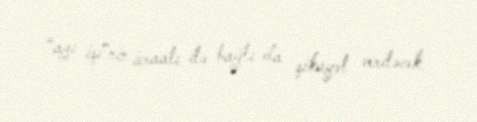
“ayı işi”nin icraatı ilə bağlı da şikayət veriləcək.